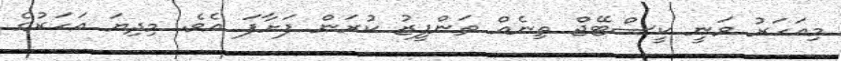
މިއަހަރު ވަނީ ކީސްޓޭޖް ތިނެއް ތަންފީޒު ކުރަން ފަށާފަ އެވެ. މިިދިޔަ އަހަރުގެ